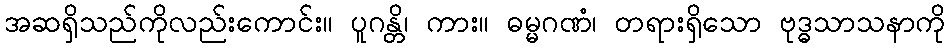
အဆရှိသည်ကိုလည်းကောင်း။ ပူဂန္တိ၊ ကား။ ဓမ္မဂဏံ၊ တရားရှိသော ဗုဒ္ဓသာသနာကို